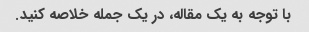
با توجه به یک مقاله، در یک جمله خلاصه کنید.